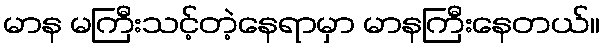
မာန မကြီးသင့်တဲ့နေရာမှာ မာနကြီးနေတယ်။